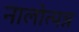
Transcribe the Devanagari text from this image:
नालोत्पन्न